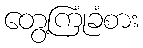
တွေ့ကြုံခံစား